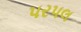
પરપલ